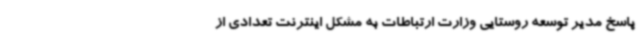
پاسخ مدیر توسعه روستایی وزارت ارتباطات به مشکل اینترنت تعدادی از